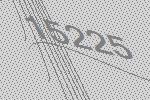
15225